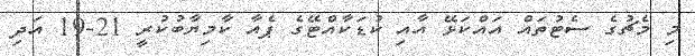
މި މެޗުގެ ސެޓުތައް އައްކަޅޭ އާއި ކުޑަކާއްޓޭގެ ޕެއާ ކާމިޔާބުކުރީ 21-19 އަދި